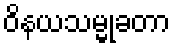
ဝိနယသမ္မုခတာ